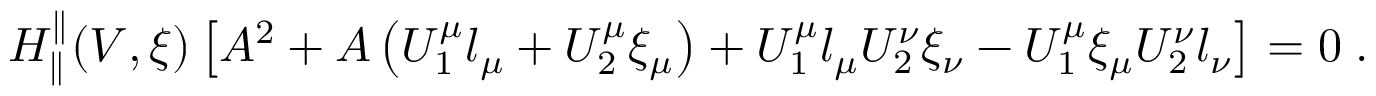
\begin{array} { r } { H _ { \parallel } ^ { \parallel } ( V , \xi ) \left[ A ^ { 2 } + A \left( U _ { 1 } ^ { \mu } l _ { \mu } + U _ { 2 } ^ { \mu } \xi _ { \mu } \right) + U _ { 1 } ^ { \mu } l _ { \mu } U _ { 2 } ^ { \nu } \xi _ { \nu } - U _ { 1 } ^ { \mu } \xi _ { \mu } U _ { 2 } ^ { \nu } l _ { \nu } \right] = 0 \; . } \end{array}